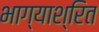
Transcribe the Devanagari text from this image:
भाग्याश्रित